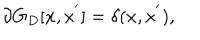
LaTeX: \partial G _ { D } [ x , x ^ { ' } ] = \delta ( x , x ^ { ' } ) ,